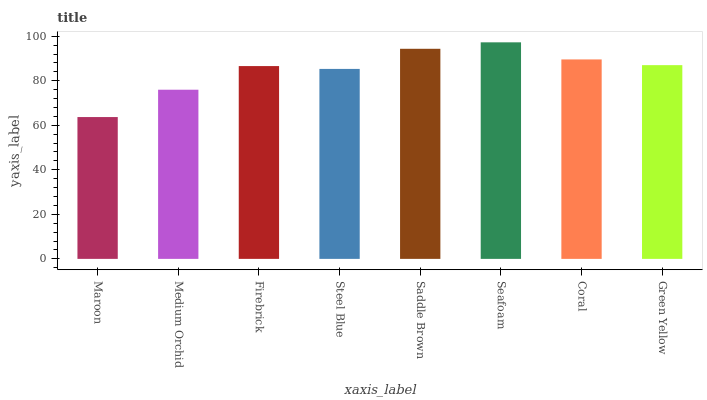
| xaxis_label | bars |
 | --- | --- |
 | Maroon | 63.7 |
 | Medium Orchid | 76 |
 | Firebrick | 86.6 |
 | Steel Blue | 85.3 |
 | Saddle Brown | 94.3 |
 | Seafoam | 97.2 |
 | Coral | 89.6 |
 | Green Yellow | 87 |